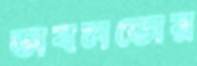
ডাবলডোর